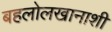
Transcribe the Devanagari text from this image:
बहलोलखानाशी